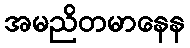
အမညိတမာနေန